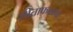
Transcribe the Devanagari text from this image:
सीताफळाचा